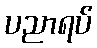
ပညာရပ်